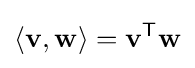
\langle \mathbf {v} ,\mathbf {w} \rangle =\mathbf {v} ^{\textsf {T}}\mathbf {w}